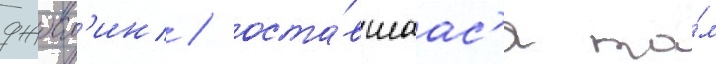
джосл'ин / оста́вшаас'я та́м